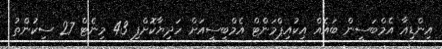
އިންޑިއާ އެމްބަސީން ބައެއް އިކުއިޕްމަންޓް އެމްބީސީއަށް ހަދިޔާކޮށްފި 43 މިނެޓް 27 ސިކުންތު